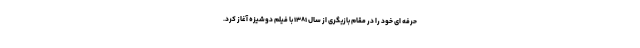
حرفه ای خود را در مقام بازیگری از سال ۱۳۸۱ با فیلم دوشیزه آغاز کرد.